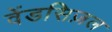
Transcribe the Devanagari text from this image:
वेंडसिज़ल